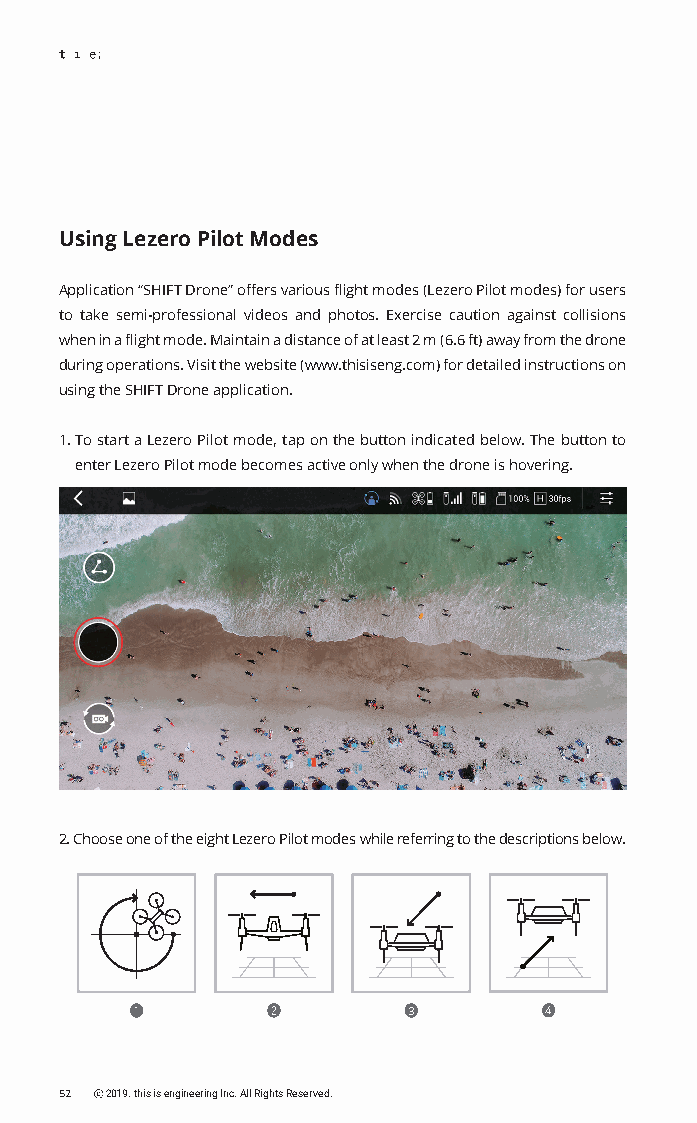
Using Lezero Pilot Modes
 Application “SHIFT Drone” offers various flight modes (Lezero Pilot modes) for users
 to take semi-professional videos and photos. Exercise caution against collisions
 when in a flight mode. Maintain a distance of at least 2 m (6.6 ft) away from the drone
 during operations. Visit the website (www.thisiseng.com) for detailed instructions on
 using the SHIFT Drone application.
 1. To start a Lezero Pilot mode, tap on the button indicated below. The button to
 enter Lezero Pilot mode becomes active only when the drone is hovering.
 2. Choose one of the eight Lezero Pilot modes while referring to the descriptions below.
 3        4
 52 ⓒ 2019. this is engineering Inc. All Rights Reserved.